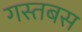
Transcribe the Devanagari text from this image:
गस्तबस